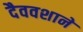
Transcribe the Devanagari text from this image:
दैववशाने